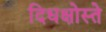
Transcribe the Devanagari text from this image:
दिधक्षोस्ते